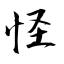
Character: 怪